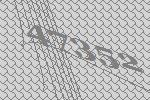
47352